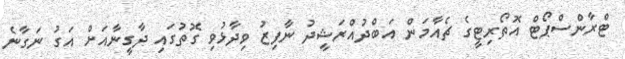
ޓްރާންސްޕޯޓް އޮތޯރިޓީގެ ޗެއާމަން އަބްދުއްރަޝީދު ނާފިޒު ވިދާޅުވި ގޮތުގައި ދާގީނާއަށް އަގު ނަގާނެ